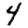
Digit: 4